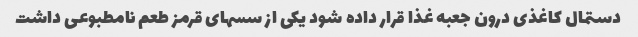
دستمال کاغذی درون جعبه غذا قرار داده شود یکی از سسهای قرمز طعم نامطبوعی داشت